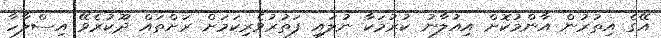
އޭގެ އިތުރުން އާންމުކޮށް އިއުލާނު ކުރުމަކާ ނުލައި ފަތުރުވެރިކަމަށް ރަށްތައް ދޫކުރެވޭ އިސްލާހާ